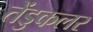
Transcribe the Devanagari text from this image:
तेंडुकलर